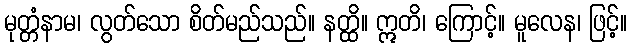
မုတ္တံနာမ၊ လွတ်သော စိတ်မည်သည်။ နတ္ထိ။ ဣတိ၊ ကြောင့်။ မူလေန၊ ဖြင့်။